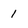
Character: 1